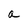
Character: a